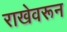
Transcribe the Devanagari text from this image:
राखेवरून